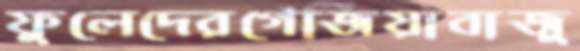
ফুলেদেরগেঁজিয়াবাজু